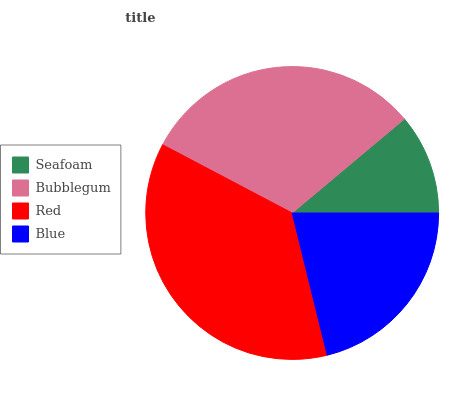
| Seafoam | Bubblegum | Red | Blue |
 | --- | --- | --- | --- |
 | 11.1% | 31.2% | 36.6% | 21.2% |